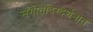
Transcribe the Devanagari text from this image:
संगीतदिग्दर्शनात